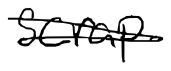
Text: Scarp
Cross-out: double-line
Writing tool: digital_black